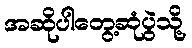
အဆိုပါတွေ့ဆုံပွဲသို့